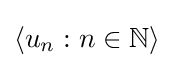
\langle u_{n}:n\in \mathbb {N} \rangle